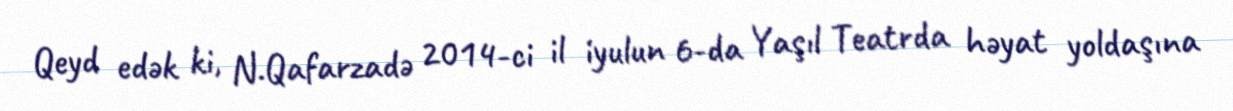
Qeyd edək ki, N.Qafarzadə 2014-ci il iyulun 6-da Yaşıl Teatrda həyat yoldaşına